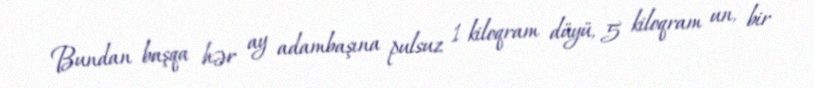
Bundan başqa hər ay adambaşına pulsuz 1 kiloqram düyü, 5 kiloqram un, bir